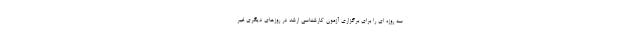
سه روزه ای را برای برگزاری آزمون کارشناسی ارشد در روزهای دیگری غیر